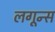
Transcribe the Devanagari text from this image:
लगून्स